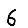
Digit: 6